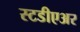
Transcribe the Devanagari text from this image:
स्टडीएअर